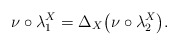
\begin{align*}\nu\circ\lambda_1^X=\Delta_X \big(\nu\circ\lambda_2^X\big).\end{align*}